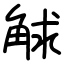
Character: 觩